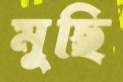
মুছি